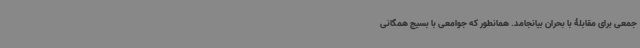
جمعی برای مقابلۀ با بحران بیانجامد. همانطور که جوامعی با بسیج همگانی